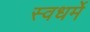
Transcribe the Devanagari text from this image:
स्वधर्मे